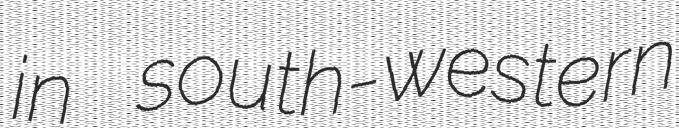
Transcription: in south-western